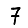
Digit: 7